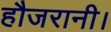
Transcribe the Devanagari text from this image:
हौजरानी।